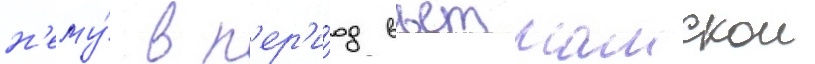
н'ему́ в п'ер'и́од вьетнамскои